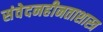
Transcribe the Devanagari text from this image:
संवेदनहीनताशास्त्र